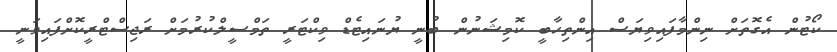
ކޯޓުން އެގޮތަށް ނިންމާފައިވިޔަސް އިންތިހާބީ ކޮމިޝަނުން ބުނީ ޔުނައިޓެޑް ވިކްޓަރީ ތަމްސީލްކުރުމަށް ރަޖިސްޓްރީކޮށްފައިވަނީ